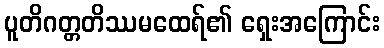
ပူတိဂတ္တတိဿမထေရ်၏ ရှေးအကြောင်း